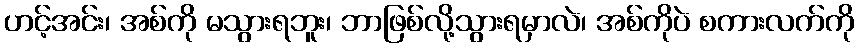
ဟင့်အင်း၊ အစ်ကို မသွားရဘူး၊ ဘာဖြစ်လို့သွားရမှာလဲ၊ အစ်ကိုပဲ စကားလက်ကို